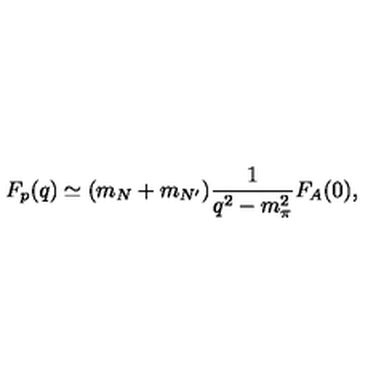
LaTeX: F _ { p } ( q ) \simeq ( m _ { N } + m _ { N ^ { \prime } } ) \frac { 1 } { q ^ { 2 } - m _ { \pi } ^ { 2 } } F _ { A } ( 0 ) ,